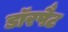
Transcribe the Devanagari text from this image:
डॉरपैट